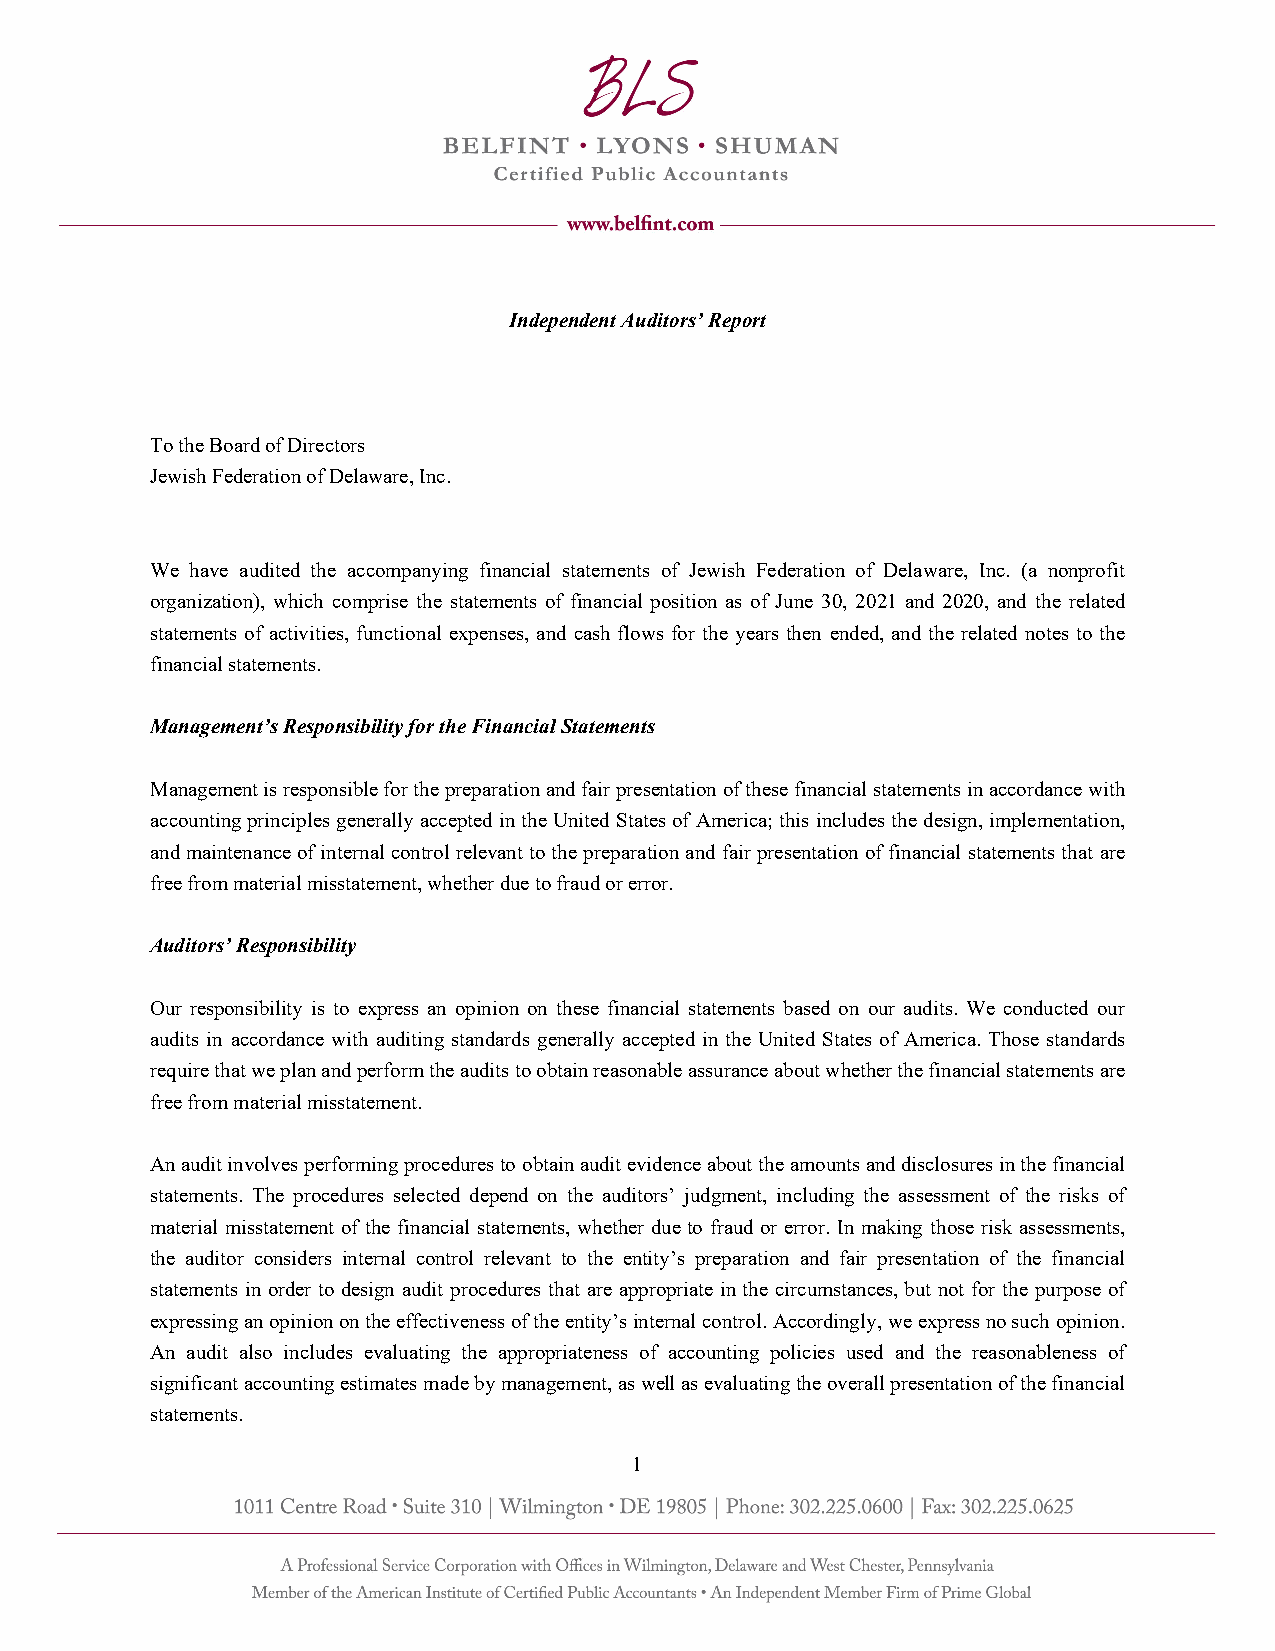
Independent Auditors’ Report
 To the Board of Directors
 Jewish Federation of Delaware, Inc.
 We have audited the accompanying financial statements of Jewish Federation of Delaware, Inc. (a nonprofit
 organization), which comprise the statements of financial position as of June 30, 2021 and 2020, and the related
 statements of activities, functional expenses, and cash flows for the years then ended, and the related notes to the
 financial statements.
 Management’s Responsibility for the Financial Statements
 Management is responsible for the preparation and fair presentation of these financial statements in accordance with
 accounting principles generally accepted in the United States of America; this includes the design, implementation,
 and maintenance of internal control relevant to the preparation and fair presentation of financial statements that are
 free from material misstatement, whether due to fraud or error.
 Auditors’ Responsibility
 Our responsibility is to express an opinion on these financial statements based on our audits. We conducted our
 audits in accordance with auditing standards generally accepted in the United States of America. Those standards
 require that we plan and perform the audits to obtain reasonable assurance about whether the financial statements are
 free from material misstatement.
 An audit involves performing procedures to obtain audit evidence about the amounts and disclosures in the financial
 statements. The procedures selected depend on the auditors’ judgment, including the assessment of the risks of
 material misstatement of the financial statements, whether due to fraud or error. In making those risk assessments,
 the auditor considers internal control relevant to the entity’s preparation and fair presentation of the financial
 statements in order to design audit procedures that are appropriate in the circumstances, but not for the purpose of
 expressing an opinion on the effectiveness of the entity’s internal control. Accordingly, we express no such opinion.
 An audit also includes evaluating the appropriateness of accounting policies used and the reasonableness of
 significant accounting estimates made by management, as well as evaluating the overall presentation of the financial
 statements.
 1